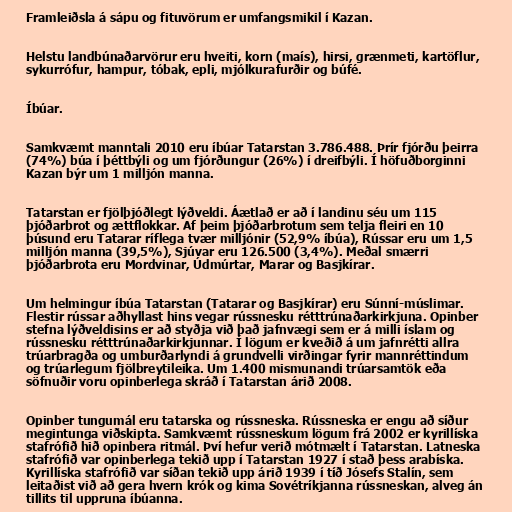
Framleiðsla á sápu og fituvörum er umfangsmikil í Kazan.

Helstu landbúnaðarvörur eru hveiti, korn (maís), hirsi, grænmeti, kartöflur,
sykurrófur, hampur, tóbak, epli, mjólkurafurðir og búfé.

Íbúar.

Samkvæmt manntali 2010 eru íbúar Tatarstan 3.786.488. Þrír fjórðu þeirra
(74%) búa í þéttbýli og um fjórðungur (26%) í dreifbýli. Í höfuðborginni
Kazan býr um 1 milljón manna.

Tatarstan er fjölþjóðlegt lýðveldi. Áætlað er að í landinu séu um 115
þjóðarbrot og ættflokkar. Af þeim þjóðarbrotum sem telja fleiri en 10
þúsund eru Tatarar ríflega tvær milljónir (52,9% íbúa), Rússar eru um 1,5
milljón manna (39,5%), Sjúvar eru 126.500 (3,4%). Meðal smærri
þjóðarbrota eru Mordvinar, Údmúrtar, Marar og Basjkírar.

Um helmingur íbúa Tatarstan (Tatarar og Basjkírar) eru Súnní-múslimar.
Flestir rússar aðhyllast hins vegar rússnesku rétttrúnaðarkirkjuna. Opinber
stefna lýðveldisins er að styðja við það jafnvægi sem er á milli íslam og
rússnesku rétttrúnaðarkirkjunnar. Í lögum er kveðið á um jafnrétti allra
trúarbragða og umburðarlyndi á grundvelli virðingar fyrir mannréttindum
og trúarlegum fjölbreytileika. Um 1.400 mismunandi trúarsamtök eða
söfnuðir voru opinberlega skráð í Tatarstan árið 2008.

Opinber tungumál eru tatarska og rússneska. Rússneska er engu að síður
megintunga viðskipta. Samkvæmt rússneskum lögum frá 2002 er kyrillíska
stafrófið hið opinbera ritmál. Því hefur verið mótmælt í Tatarstan. Latneska
stafrófið var opinberlega tekið upp í Tatarstan 1927 í stað þess arabíska.
Kyrillíska stafrófið var síðan tekið upp árið 1939 í tíð Jósefs Stalín, sem
leitaðist við að gera hvern krók og kima Sovétríkjanna rússneskan, alveg án
tillits til uppruna íbúanna.